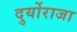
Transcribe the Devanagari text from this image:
दुर्योराजा